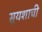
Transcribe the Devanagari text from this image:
सुयशाची